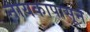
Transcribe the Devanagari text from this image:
नायकापासून